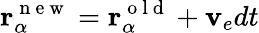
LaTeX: \textbf{r}_{\alpha}^{\mathrm{~n~e~w~}}=\textbf{r}_{\alpha}^{\mathrm{~o~l~d~}}+\textbf{v}_{e}dt